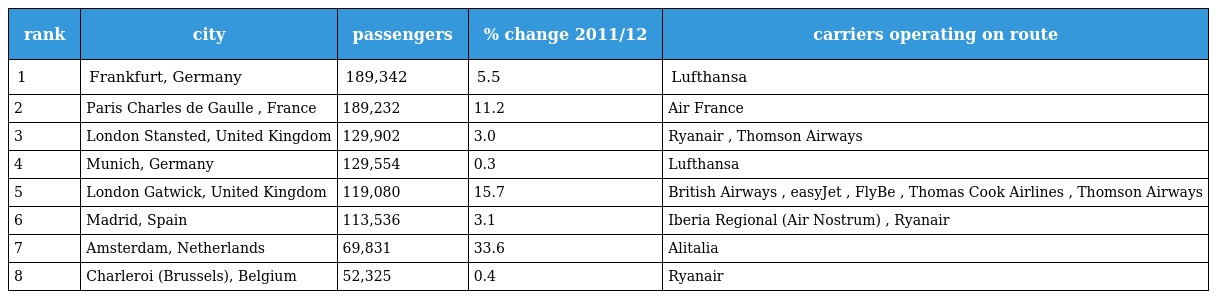
| rank | city | passengers | % change 2011/12 | carriers operating on route |
 | --- | --- | --- | --- | --- |
 | 1 | Frankfurt, Germany | 189,342 | 5.5 | Lufthansa |
 | 2 | Paris Charles de Gaulle , France | 189,232 | 11.2 | Air France |
 | 3 | London Stansted, United Kingdom | 129,902 | 3.0 | Ryanair , Thomson Airways |
 | 4 | Munich, Germany | 129,554 | 0.3 | Lufthansa |
 | 5 | London Gatwick, United Kingdom | 119,080 | 15.7 | British Airways , easyJet , FlyBe , Thomas Cook Airlines , Thomson Airways |
 | 6 | Madrid, Spain | 113,536 | 3.1 | Iberia Regional (Air Nostrum) , Ryanair |
 | 7 | Amsterdam, Netherlands | 69,831 | 33.6 | Alitalia |
 | 8 | Charleroi (Brussels), Belgium | 52,325 | 0.4 | Ryanair |